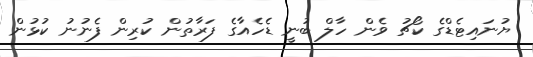
ޔުނައިޓެޑްގެ ކޯޗު ވެން ހާލް ބުނީ ޑެހެއާގެ ފަރާތުން ކުރިން ފެނުނު ކުޅުން